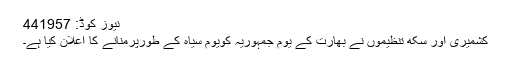
‫نیوز‬ ‫کوڈ‬: 441957
کشمیری اور سکھ تنظیموں نے بھارت کے یوم جمہوریہ کویوم سیاہ کے طورپرمنانے کا اعلان کیا ہے۔